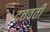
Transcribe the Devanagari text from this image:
दत्तवतीं